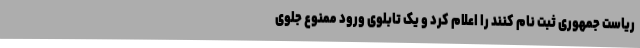
ریاست جمهوری ثبت نام کنند را اعلام کرد و یک تابلوی ورود ممنوع جلوی